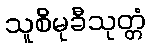
သူစိမုခီသုတ္တံ